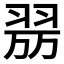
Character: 𦐟